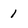
Character: 1